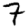
Digit: 7